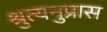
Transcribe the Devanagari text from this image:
श्रुत्यनुप्रास